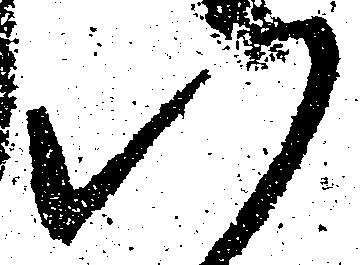
い